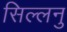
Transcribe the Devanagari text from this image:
सिल्लनु